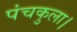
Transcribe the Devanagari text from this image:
पंचकुला।